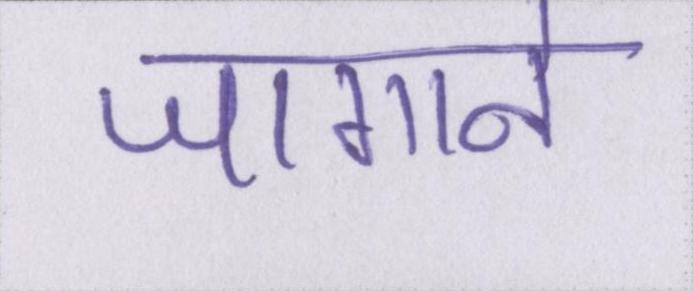
जगाने